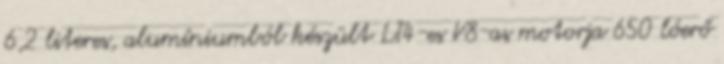
6,2 literes, alumíniumból készült LT4-es V8-as motorja 650 lóerő